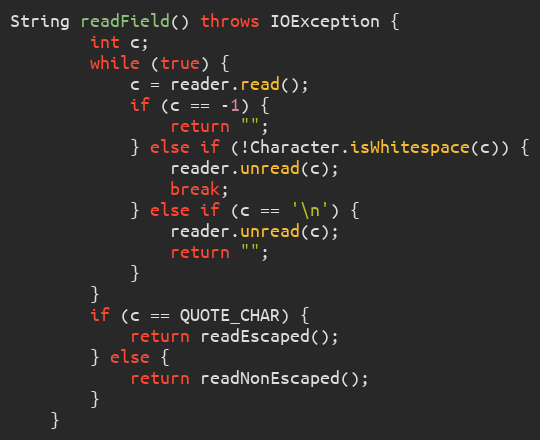
Language: Java
String readField() throws IOException {
		int c;
		while (true) {
			c = reader.read();
			if (c == -1) {
				return "";
			} else if (!Character.isWhitespace(c)) {
				reader.unread(c);
				break;
			} else if (c == '\n') {
				reader.unread(c);
				return "";
			}
		}
		if (c == QUOTE_CHAR) {
			return readEscaped();
		} else {
			return readNonEscaped();
		}
	}